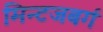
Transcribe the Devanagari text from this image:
मिन्टजबर्ग